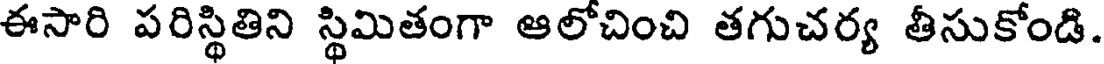
ఈసారి పరిస్థితిని స్థిమితంగా ఆలోచించి తగుచర్య తీసుకోండి.